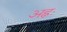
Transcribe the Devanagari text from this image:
अह्नः